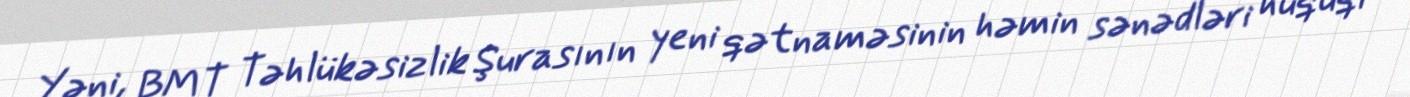
Yəni, BMT Təhlükəsizlik Şurasının yeni qətnaməsinin həmin sənədləri hüquqi